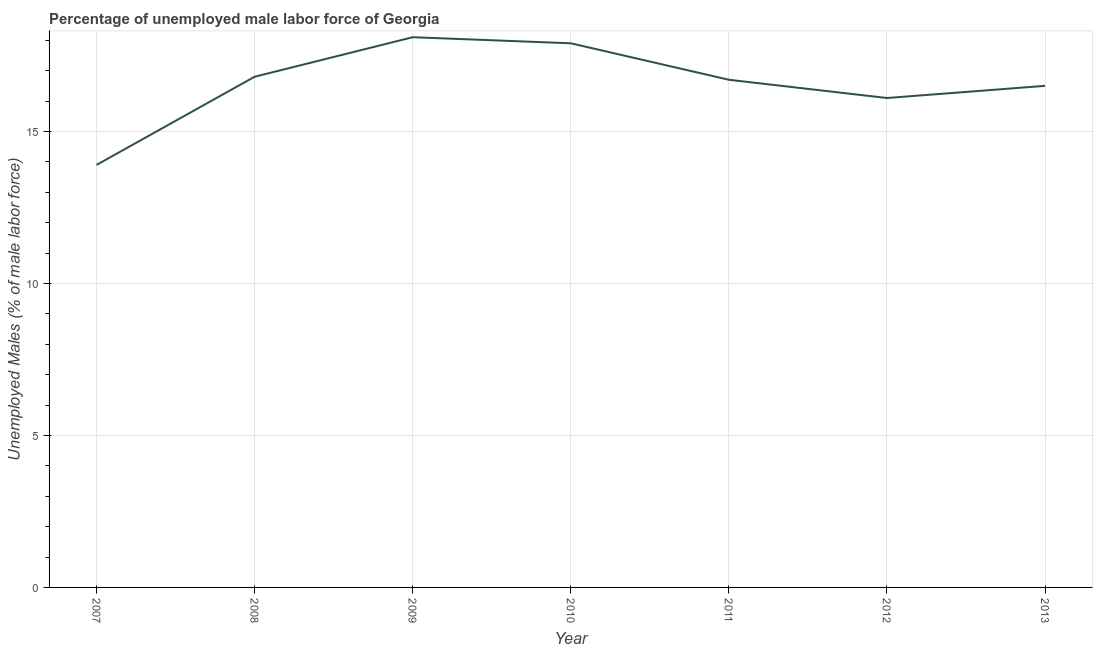
| Year | Unemployment male |
 | --- | --- |
 | 2007 | 13.9 |
 | 2008 | 16.8 |
 | 2009 | 18.1 |
 | 2010 | 17.9 |
 | 2011 | 16.7 |
 | 2012 | 16.1 |
 | 2013 | 16.5 |